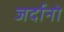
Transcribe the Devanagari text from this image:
जर्दानो